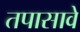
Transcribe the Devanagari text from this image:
तपासावे